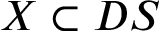
X \subset D S